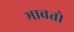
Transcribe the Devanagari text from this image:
भावतो